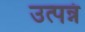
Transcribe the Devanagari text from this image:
उत्पन्नं